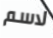
لاسم